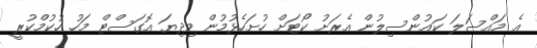
އެ މައްސަލަ ކައުންސިލުން އެރަށު ކޯޓަށް ހުށަހެޅުމުން މިދިޔަ އޮގަސްޓް މަހު ހުކުމްކުރީ